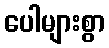
ပေါများစွာ